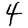
Digit: 4